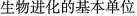
生物进化的基本单位